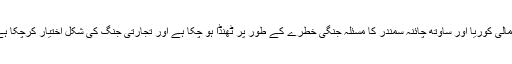
شمالی کوریا اور ساؤتھ چائنہ سمندر کا مسئلہ جنگی خطرے کے طور پر ٹھنڈا ہو چکا ہے اور تجارتی جنگ کی شکل اختیار کرچکا ہے۔